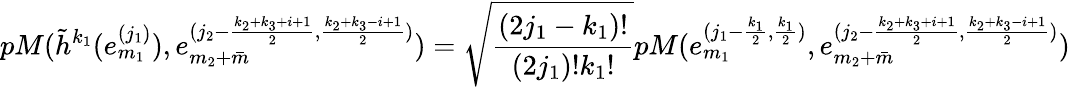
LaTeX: pM(\tilde{h}^{k_{1}}(e_{m_{1}}^{(j_{1})}),e_{m_{2}+\bar{m}}^{(j_{2}-\frac{k_{2}+k_{3}+i+1}{2},\frac{k_{2}+k_{3}-i+1}{2})})=\sqrt{\frac{(2j_{1}-k_{1})!}{(2j_{1})!k_{1}!}}pM(e_{m_{1}}^{(j_{1}-\frac{k_{1}}{2},\frac{k_{1}}{2})},e_{m_{2}+\bar{m}}^{(j_{2}-\frac{k_{2}+k_{3}+i+1}{2},\frac{k_{2}+k_{3}-i+1}{2})})